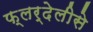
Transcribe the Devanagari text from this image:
फ्लर्देलीसे